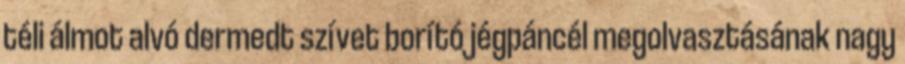
téli álmot alvó dermedt szívet borító jégpáncél megolvasztásának nagy